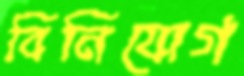
বিনিযোগ